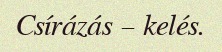
Csírázás – kelés.